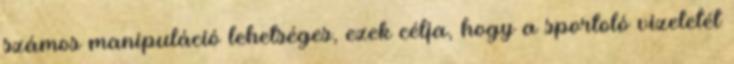
számos manipuláció lehetséges, ezek célja, hogy a sportoló vizeletét